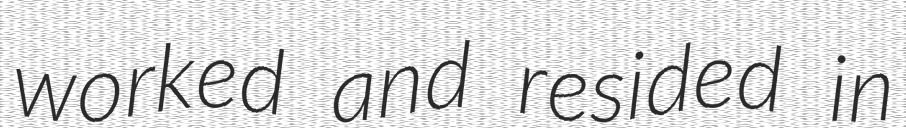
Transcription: worked and resided in